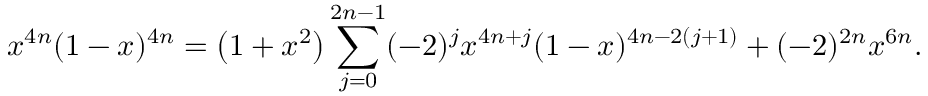
x ^ { 4 n } ( 1 - x ) ^ { 4 n } = \left( 1 + x ^ { 2 } \right) \sum _ { j = 0 } ^ { 2 n - 1 } ( - 2 ) ^ { j } x ^ { 4 n + j } ( 1 - x ) ^ { 4 n - 2 ( j + 1 ) } + ( - 2 ) ^ { 2 n } x ^ { 6 n } .